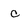
Character: c